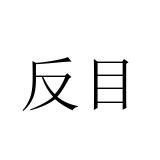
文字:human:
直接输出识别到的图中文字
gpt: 反目